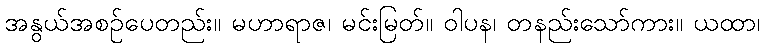
အနွယ်အစဉ်ပေတည်း။ မဟာရာဇ၊ မင်းမြတ်။ ဝါပန၊ တနည်းသော်ကား။ ယထာ၊